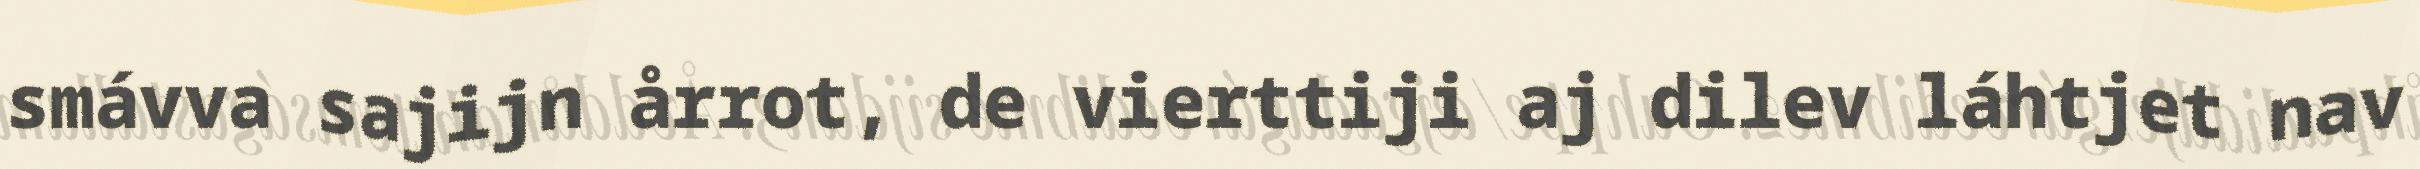
smávva sajijn årrot, de vierttiji aj dilev láhtjet nav